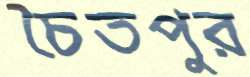
চৈতপুর